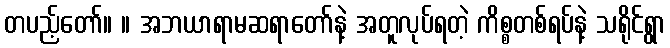
တပည့်တော်။ ။ အဘယာရာမဆရာတော်နဲ့ အတူလုပ်ရတဲ့ ကိစ္စတစ်ရပ်နဲ့ သရိုင်ရွာ